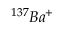
^ { 1 3 7 } B a ^ { + }